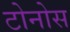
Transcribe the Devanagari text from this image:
टोनोस